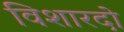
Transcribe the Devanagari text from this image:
विशारदो